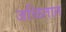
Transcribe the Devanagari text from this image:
जळितात